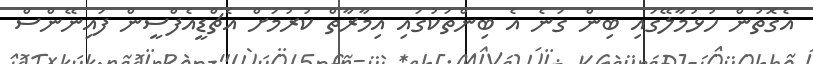
އެގޮތުން ހުޅުމާލޭގައި ބިން ގަނެ އެ ބިންތަކުގައި އިމާރާތް ކުރުމަށް އެޗްޑީއެފްސީން ފައިނޭންސް